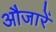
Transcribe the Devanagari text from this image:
औजारें